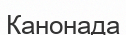
Канонада